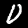
Label: 0